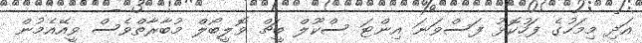
އަދި މިމަހުގެ ފަހުކޮޅު ފަސްވަނަ އިންޓަ ސްކޫލް ބީޗް ވޮލީބޯލް މުބާރާތްވެސް ވީއޭއެމުން